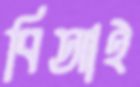
বিআই